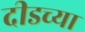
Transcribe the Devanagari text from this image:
दीडच्या